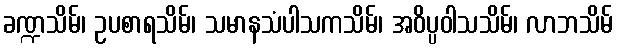
ခဏ္ဍသိမ်၊ ဥပစာရသိမ်၊ သမာနသံပါသကသိမ်၊ အဝိပ္ပဝါသသိမ်၊ လာဘသိမ်